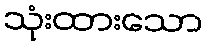
သုံးထားသော